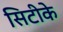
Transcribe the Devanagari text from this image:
सिटीके